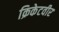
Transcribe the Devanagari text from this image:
क्रिकेटवीर